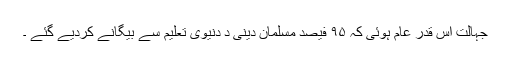
جہالت اس قدر عام ہوئی کہ ۹۵ فیصد مسلمان دینی د دنیوی تعلیم سے بیگانے کردیے گئے ۔